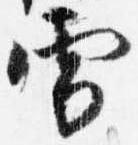
雪